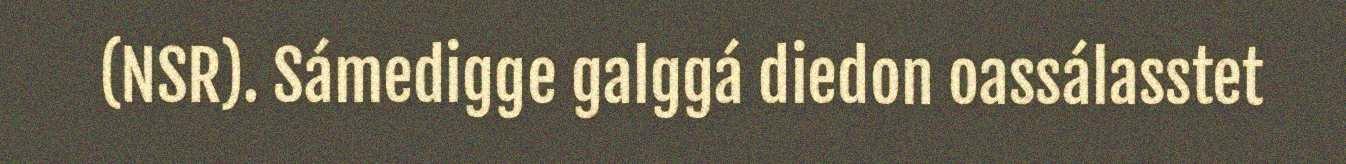
(NSR). Sámedigge galggá diedon oassálasstet